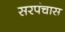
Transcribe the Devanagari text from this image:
सरपंचास